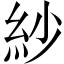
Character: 紗